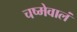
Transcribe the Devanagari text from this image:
चष्मेवालं